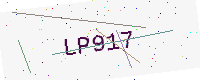
Text: LP917